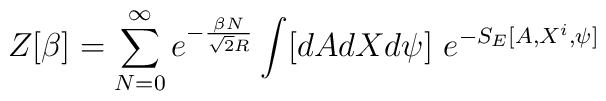
Z[\beta]=\sum_{N=0}^\infty e^{-\frac{\beta N}{\sqrt{2}R}}\int [dAdXd\psi]~e^{-S_E[A,X^i,\psi]}